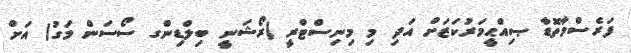
ފަރެސްމާތޮޑާ ޞިއްޙީމަރުކަޒަށް އަދި މި މިނިސްޓްރީ (ރޯޝަނީ ބިލްޑިންގ ސޯސަން މަގު) އަށް